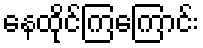
နေထိုင်ကြကြောင်း